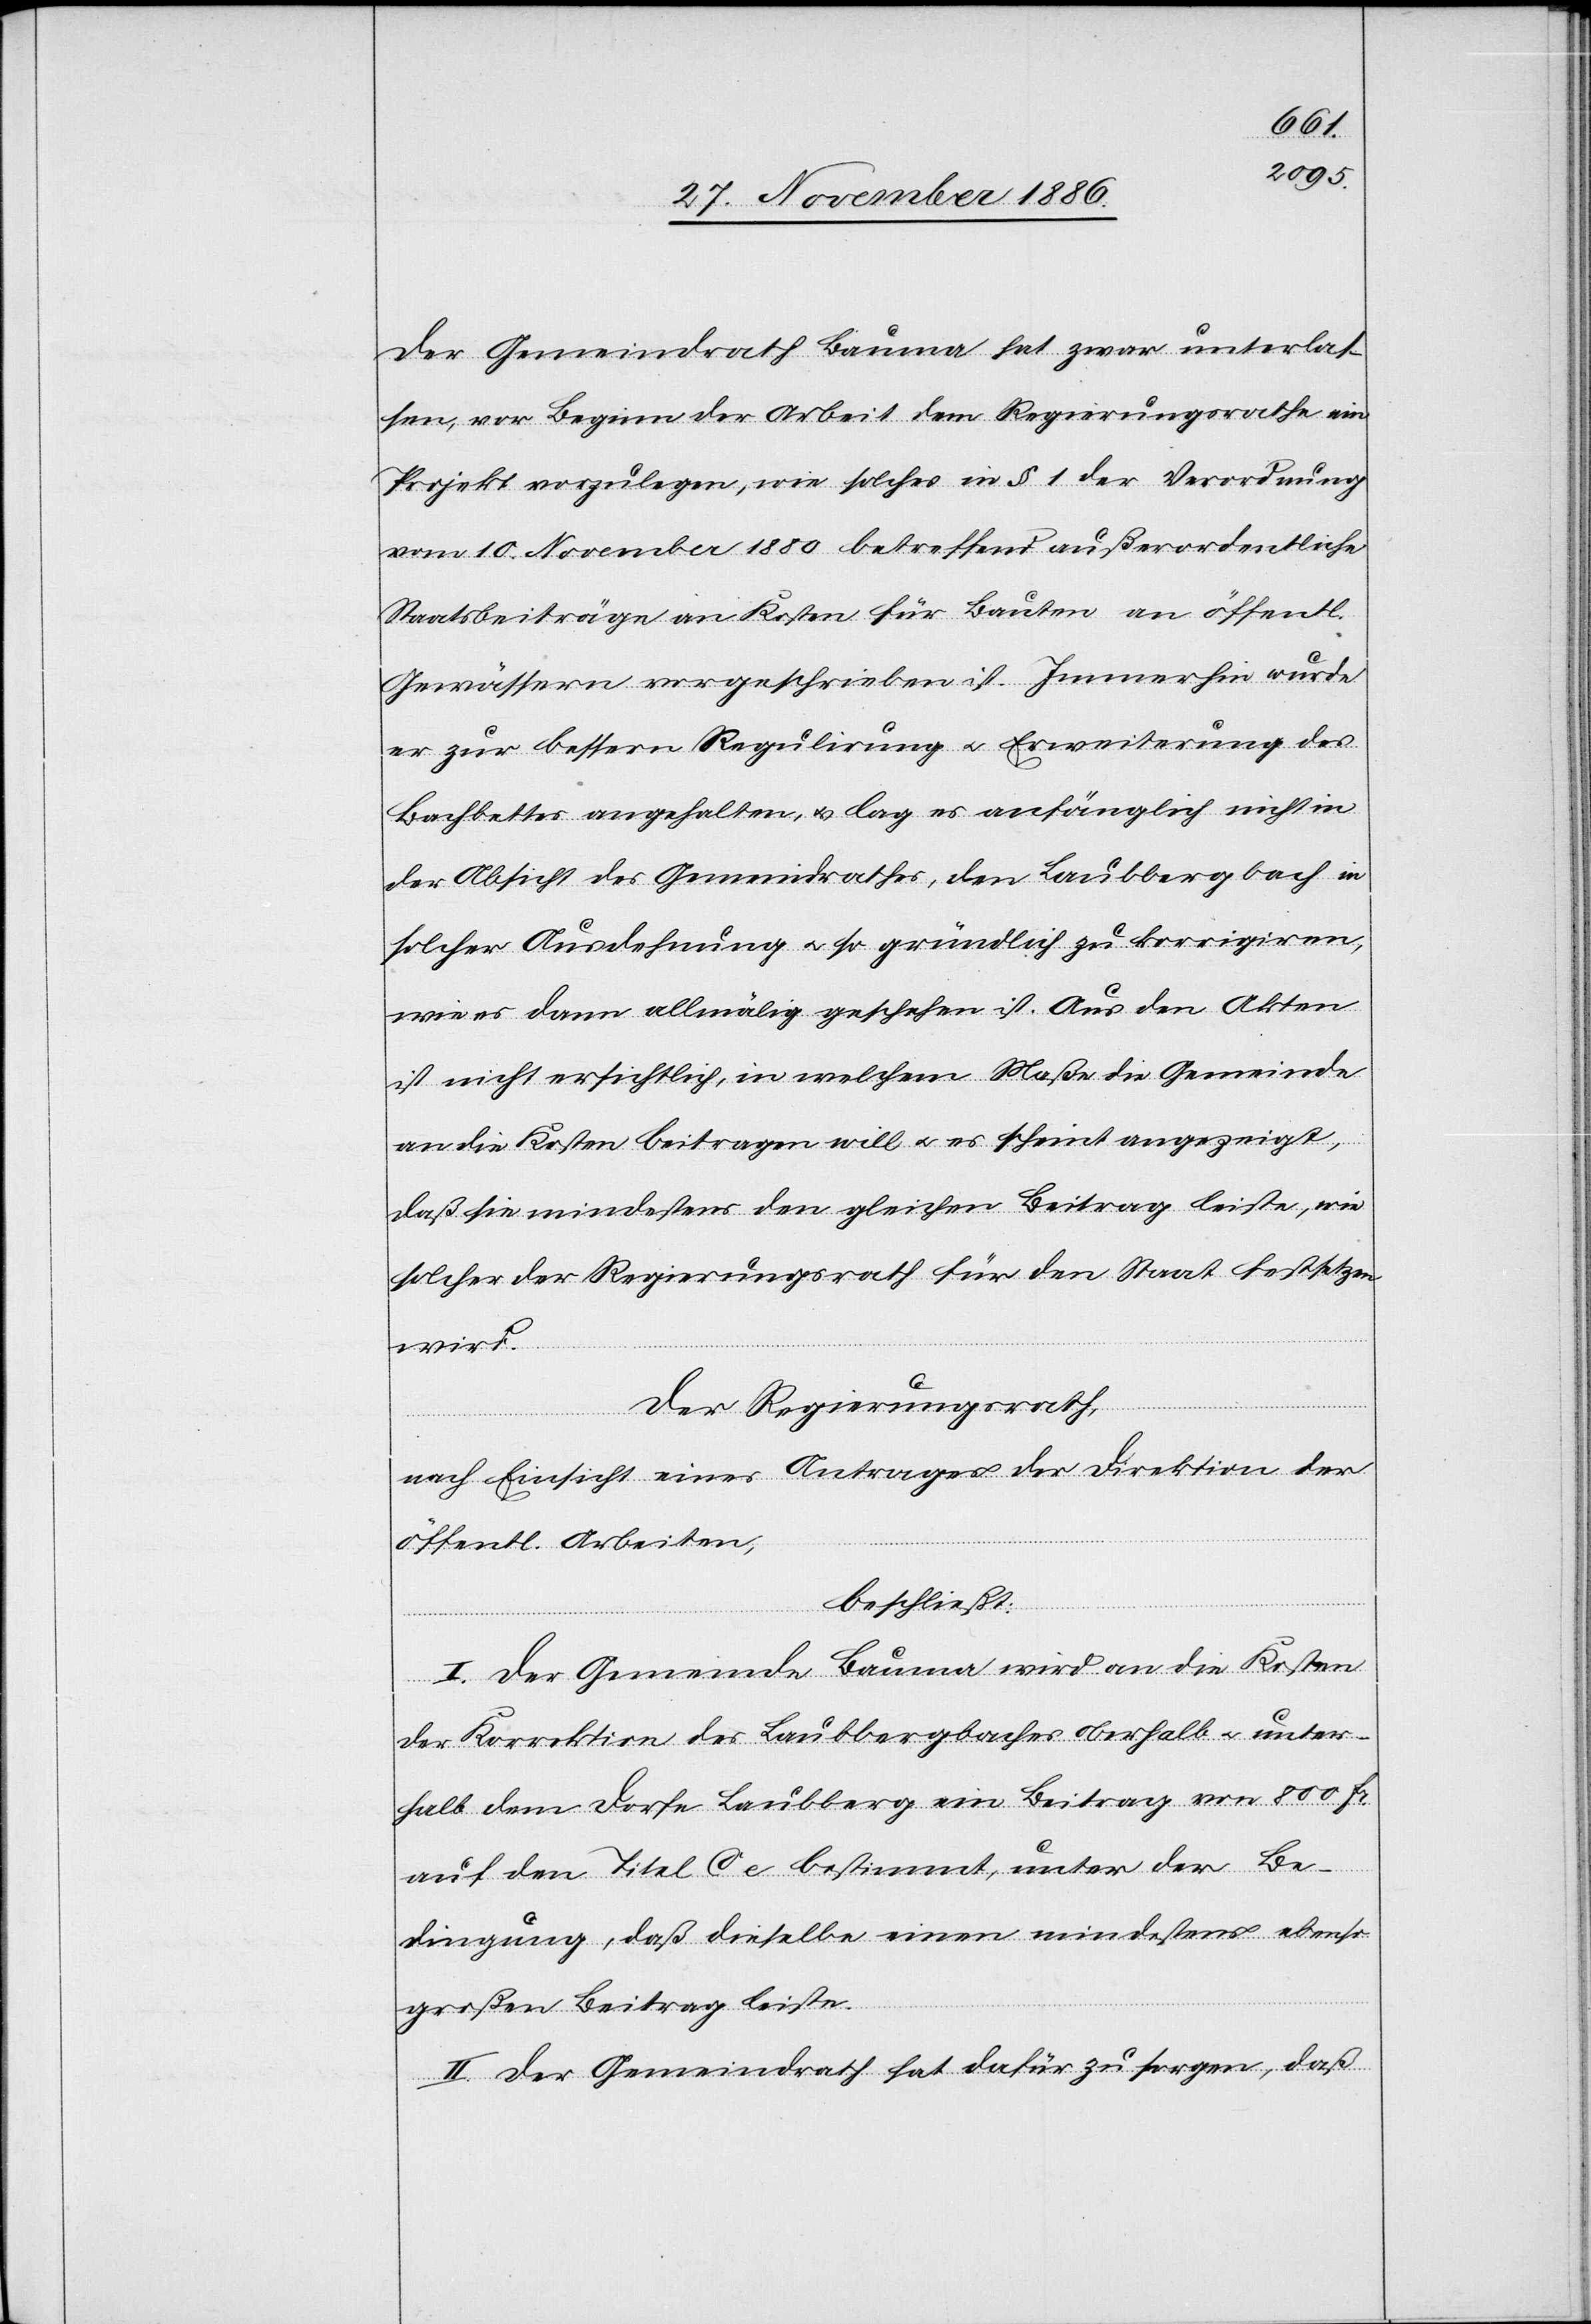
Der Gemeindrath Bauma hat zwar unterlas¬
sen, vor Beginn der Arbeit dem Regierungsrathe ein
Projekt vorzulegen, wie solches in § 1 der Verordnung
vom 10. November 1880 betreffend außerordentliche
Staatsbeiträge an Kosten für Bauten an öffentl.
Gewässern vorgeschrieben ist. Immerhin wurde
er zur bessern Regulirung & Erweiterung des
Bachbettes angehalten, & lag es anfänglich nicht in
der Absicht des Gemeindrathes, den Laubbergbach in
solcher Ausdehnung & so gründlich zu korrigiren,
wie es dann allmälig geschehen ist. Aus den Akten
ist nicht ersichtlich, in welchem Maße die Gemeinde
an die Kosten beitragen will & es scheint angezeigt,
daß sie mindestens den gleichen Beitrag leiste, wie
solcher der Regierungsrath für den Staat festsetze¬
n
wird.
Der Regierungsrath,
nach Einsicht eines Antrages der Direktion der
öffentl. Arbeiten,
beschließt:
I. Der Gemeinde Bauma wird an die Kosten
der Korrektion des Laubbergbaches oberhalb & unter¬
halb dem Dorfe Laubberg ein Beitrag von 800 Fr.
auf den Titel C e bestimmt, unter der Be¬
dingung, daß dieselbe einen mindestens ebenso
großen Beitrag leiste.
II. Der Gemeindrath hat dafür zu sorgen, daß